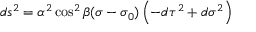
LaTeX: d s ^ { 2 } = \alpha ^ { 2 } \cos ^ { 2 } \beta ( \sigma - \sigma _ { 0 } ) \left( - d \tau ^ { 2 } + d \sigma ^ { 2 } \right)